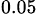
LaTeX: _{0.05}